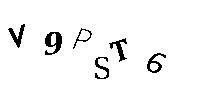
V9PST6